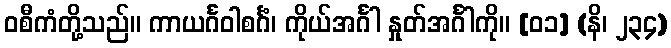
ဝစီကံတို့သည်။ ကာယင်္ဂဝါစင်္ဂံ၊ ကိုယ်အင်္ဂါ နှုတ်အင်္ဂါကို။ [၀၁] (နိ၊ ၂၃၄)